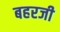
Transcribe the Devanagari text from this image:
बहरजी